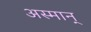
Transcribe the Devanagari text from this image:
अस्मान्